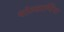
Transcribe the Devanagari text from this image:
थोल्काप्पिया